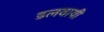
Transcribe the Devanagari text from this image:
डलवायी